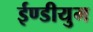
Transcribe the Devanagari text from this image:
ईण्डीयुम